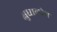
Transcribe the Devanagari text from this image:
क्षुधालोप